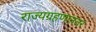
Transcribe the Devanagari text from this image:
राज्यग्रहणानंतर